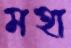
মহা